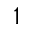
^ { 1 }